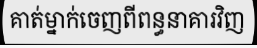
គាត់ម្នាក់ចេញពីពន្ធនាគារវិញ